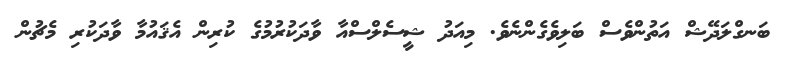
ބަނގްލަދޭޝް އަތުންވެސް ބަލިވެގެންނެވެ. މިއަދު ޝީސެލްސްއާ ވާދަކުރުމުގެ ކުރިން އެޤައުމާ ވާދަކުރި މެޗުން